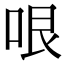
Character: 哏